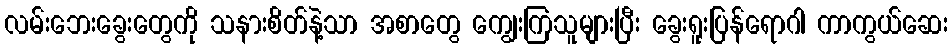
လမ်းဘေးခွေးတွေကို သနားစိတ်နဲ့သာ အစာတွေ ကျွေးကြသူများပြီး ခွေးရူးပြန်ရောဂါ ကာကွယ်ဆေး